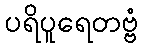
ပရိပူရေတဗ္ဗံ